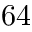
6 4